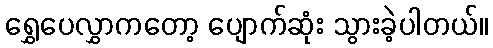
ရွှေပေလွှာကတော့ ပျောက်ဆုံး သွားခဲ့ပါတယ်။